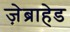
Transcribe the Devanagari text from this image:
ज़ेब्राहेड